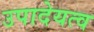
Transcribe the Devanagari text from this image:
उपादेयत्व